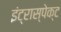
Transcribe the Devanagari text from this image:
इंट्रास्पेक्ट